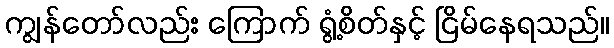
ကျွန်တော်လည်း ကြောက် ရွံ့စိတ်နှင့် ငြိမ်နေရသည်။